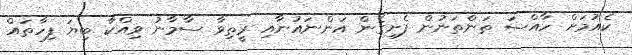
ކެއުމަށް ހާއްސަ ތަންތަނުން ފެށިގެން އަންނައުނާއި ރީތިވާ ސާމާނު ވިއްކާ ބިޔަ ފިހާތައް